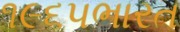
૧૯૬૫ભારત